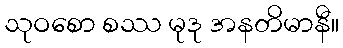
သုဝစော စဿ မုဒု အနတိမာနီ။